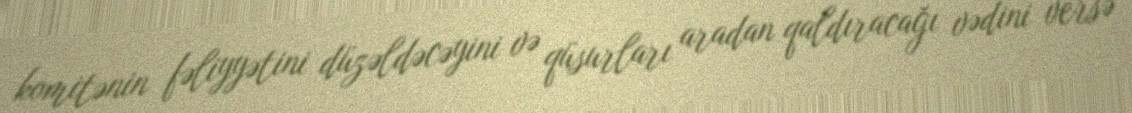
komitənin fəliyyətini düzəldəcəyini və qüsurları aradan qaldıracağı vədini versə